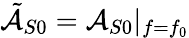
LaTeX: \tilde{\mathcal{A}}_{S0}=\mathcal{A}_{S0}|_{f=f_{0}}